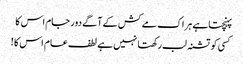
پہنچتاہے ہر اک مے کش کے آگے دور جام اس کا
کسی کو تشنہ لب رکھتا نہیں ہے لطف عام اس کا !